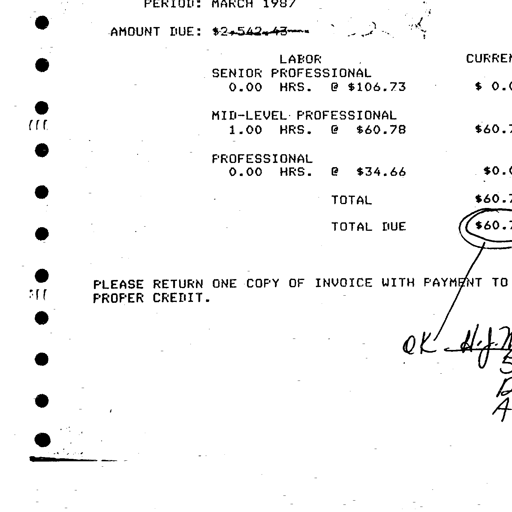
Transcript:
PERIOD: MARCH 1987
AMOUNT DUE: $2,542.43
LABOR
SENIOR PROFESSIONAL
0.00 HRS. @ $106.73
MID-LEVEL PROFESSIONAL
1.00 HRS. @ $60.78
PROFESSIONAL
0.00 HRS. @ $34.66
TOTAL
TOTAL DUE
PLEASE RETURN ONE COPY OF INVOICE WITH PAYMENT TO
PROPER CREDIT.
OK H.J.W.
5/13/87
B
A